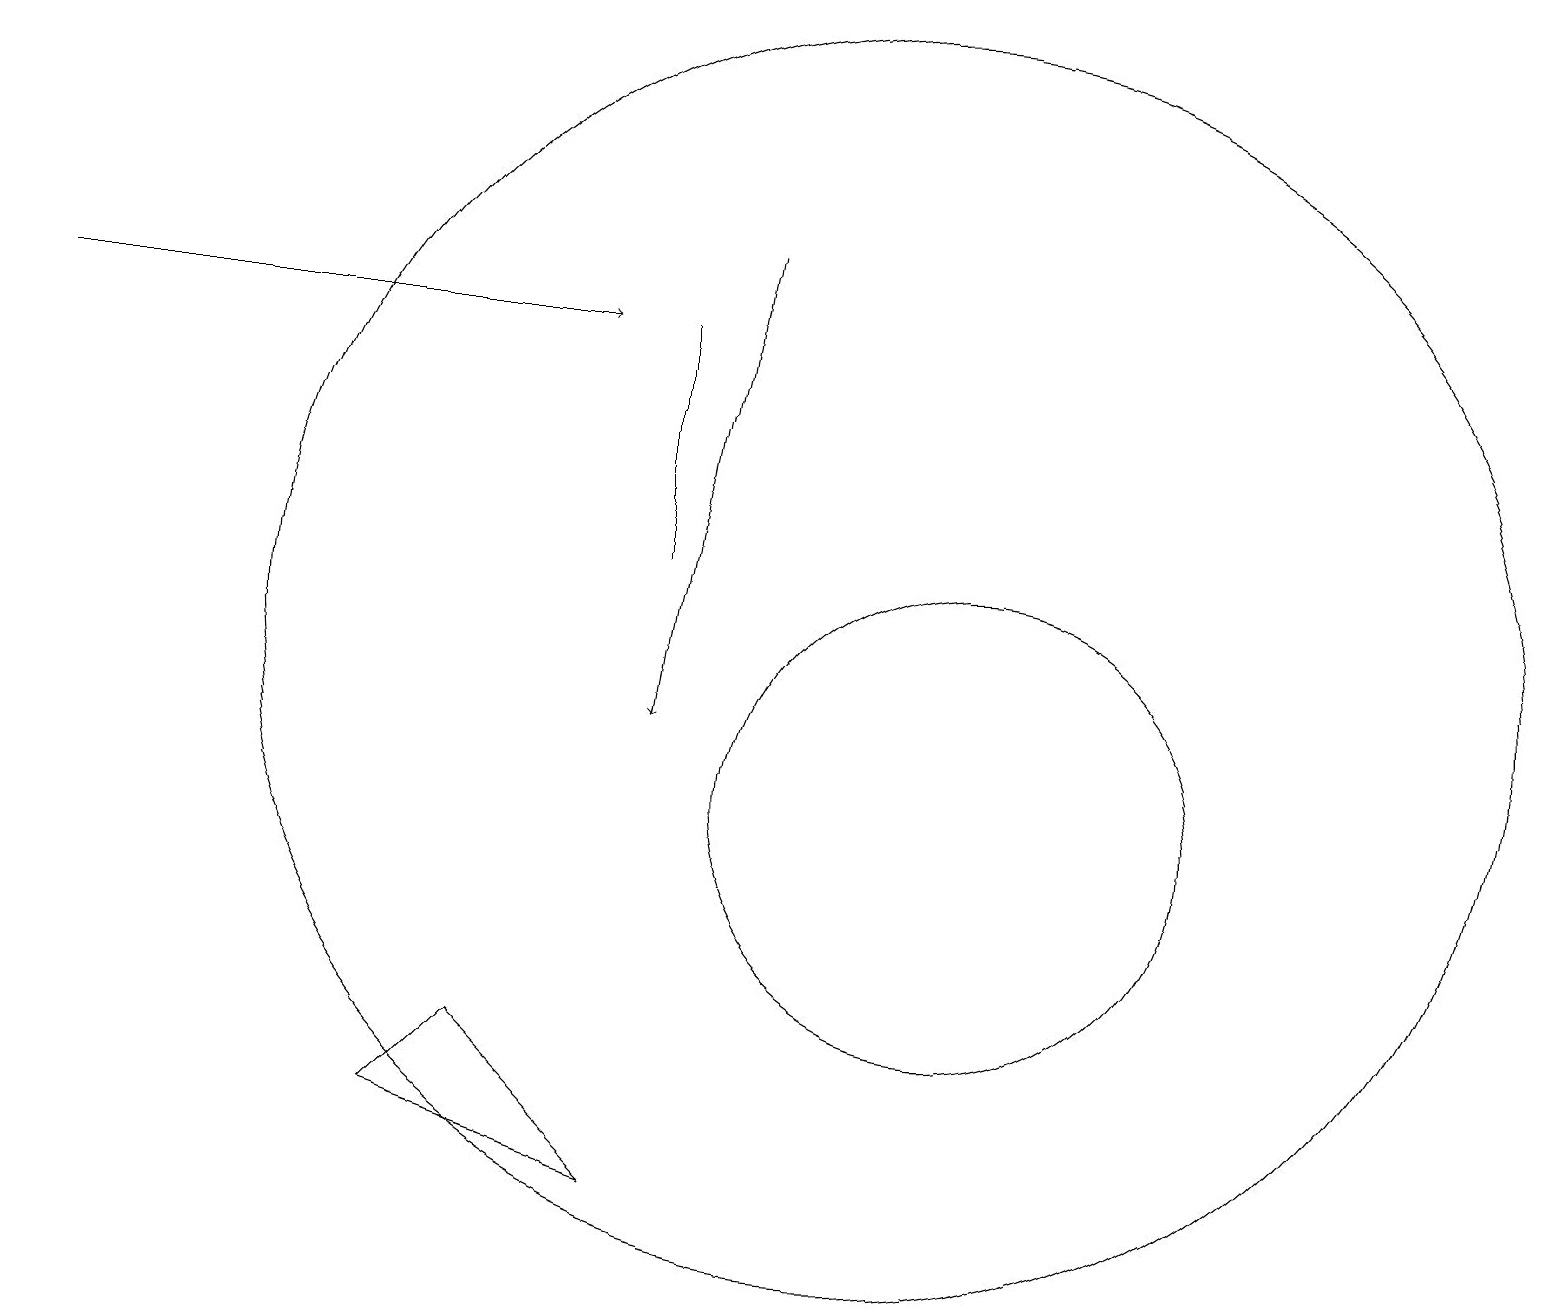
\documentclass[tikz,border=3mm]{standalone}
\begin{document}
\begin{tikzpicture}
\draw[->] (9,17) -- (8,11);
\draw (8,16) rectangle (8,13);
\draw (11,12) circle (8);
\draw (12,10) circle (3);
\draw[->] (0,16) -- (7,16);
\draw (8,5) -- (5,6) -- (6,7) -- cycle;
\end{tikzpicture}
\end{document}